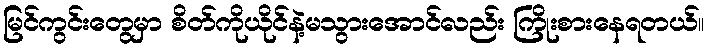
မြင်ကွင်းတွေမှာ စိတ်ကိုယိုင်နဲ့မသွားအောင်လည်း ကြိုးစားနေရတယ်။